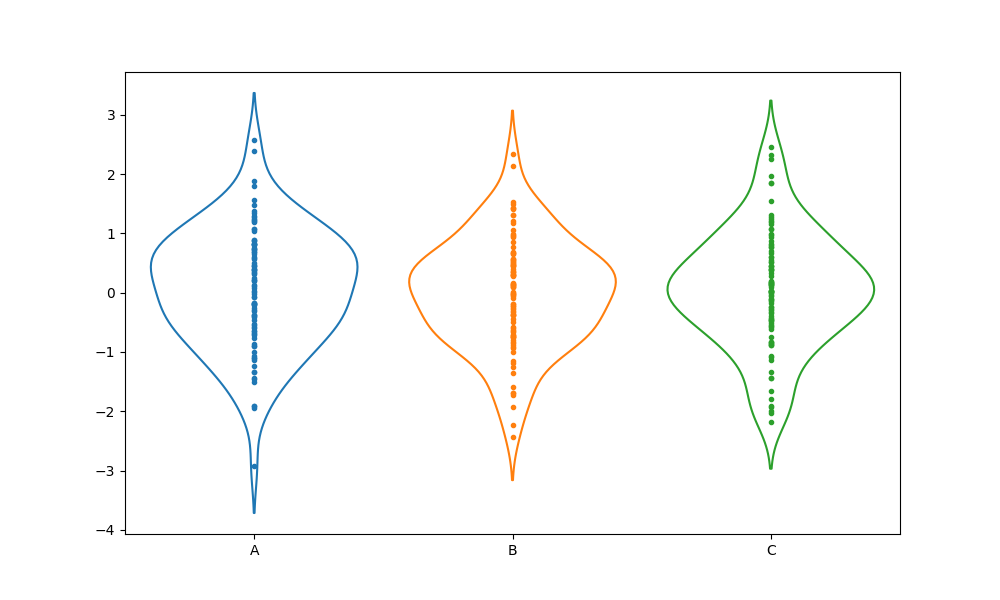
python, seaborn, violinplot, scale='area', split='False', inner='point', fill='False'